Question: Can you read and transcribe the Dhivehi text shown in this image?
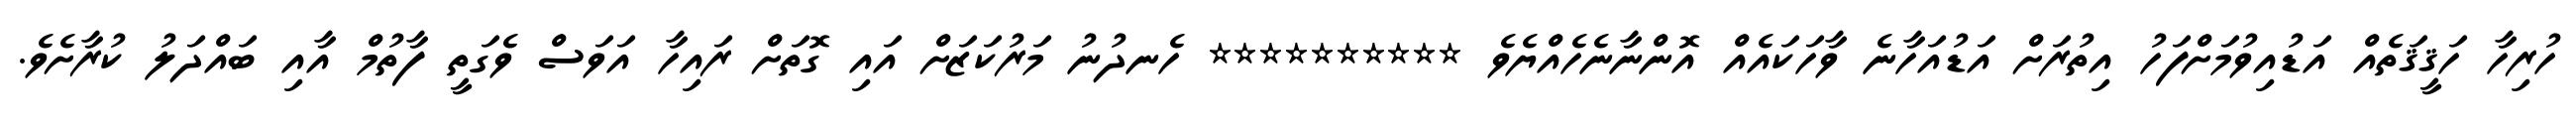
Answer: ހުރިހާ ހަޤީޤަތެއް އަޑުއިވުމަށްފަހު އިތުރަށް އަޑުއަހާނެ ވާހަކައެއް އޮންނާނެހެއްޔެވެ ********** ހެނދުނު މަރުކަޒަށް އައި ގޮތަށް ރައިހާ އަވަސް ވެގަތީ ފާތުމް އާއި ބައްދަލު ކުރާށެވެ.